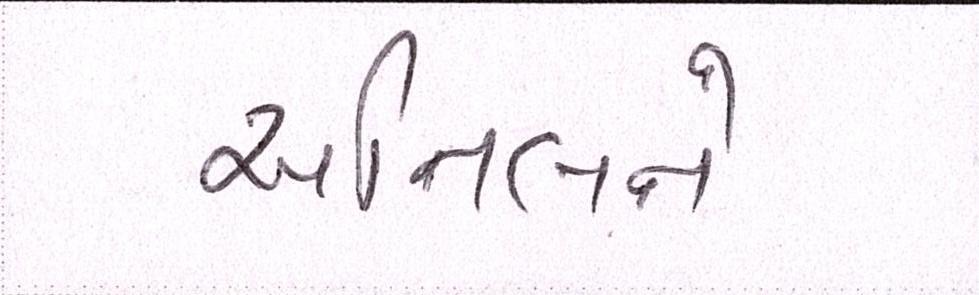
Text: અનિલને